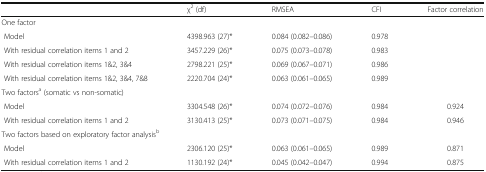
<table><thead><tr><td></td><td><b>χ<sup>2</sup> (df)</b></td><td><b>RMSEA</b></td><td><b>CFI</b></td><td><b>Factor correlation</b></td></tr></thead><tbody><tr><td colspan="5">One factor</td></tr><tr><td> Model</td><td>4398.963 (27)*</td><td>0.084 (0.082–0.086)</td><td>0.978</td><td></td></tr><tr><td> With residual correlation items 1 and 2</td><td>3457.229 (26)*</td><td>0.075 (0.073–0.078)</td><td>0.983</td><td></td></tr><tr><td> With residual correlation items 1&amp;2, 3&amp;4</td><td>2798.221 (25)*</td><td>0.069 (0.067–0.071)</td><td>0.986</td><td></td></tr><tr><td> With residual correlation items 1&amp;2, 3&amp;4, 7&amp;8</td><td>2220.704 (24)*</td><td>0.063 (0.061–0.065)</td><td>0.989</td><td></td></tr><tr><td colspan="5">Two factors<sup>a</sup> (somatic vs non-somatic)</td></tr><tr><td> Model</td><td>3304.548 (26)*</td><td>0.074 (0.072–0.076)</td><td>0.984</td><td>0.924</td></tr><tr><td> With residual correlation items 1 and 2</td><td>3130.413 (25)*</td><td>0.073 (0.071–0.075)</td><td>0.984</td><td>0.946</td></tr><tr><td colspan="5">Two factors based on exploratory factor analysis<sup>b</sup></td></tr><tr><td> Model</td><td>2306.120 (25)*</td><td>0.063 (0.061–0.065)</td><td>0.989</td><td>0.871</td></tr><tr><td> With residual correlation items 1 and 2</td><td>1130.192 (24)*</td><td>0.045 (0.042–0.047)</td><td>0.994</td><td>0.875</td></tr></tbody></table>